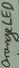
Text: Orange LED